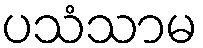
ပသံသာမ